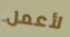
لأعمل